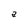
Character: a